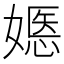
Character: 嫕